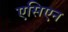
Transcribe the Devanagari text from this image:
एसिएन